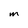
Character: m